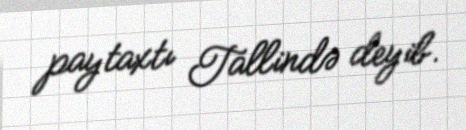
paytaxtı Tallində deyib.